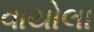
વાયોલા